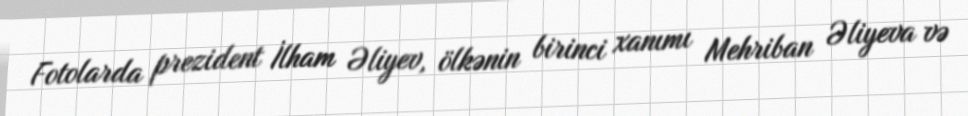
Fotolarda prezident İlham Əliyev, ölkənin birinci xanımı Mehriban Əliyeva və